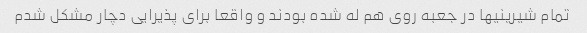
تمام شیرینیها در جعبه روی هم له شده بودند و واقعا برای پذیرایی دچار مشکل شدم